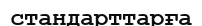
стандарттарға